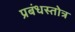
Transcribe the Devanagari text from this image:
प्रबंधस्तोत्र